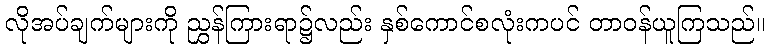
လိုအပ်ချက်များကို ညွှန်ကြားရာ၌လည်း နှစ်ကောင်စလုံးကပင် တာဝန်ယူကြသည်။